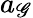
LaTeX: a_{\mathscr{G}}